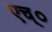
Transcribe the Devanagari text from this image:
एच्‌०